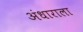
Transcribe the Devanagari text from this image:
अंधाराला